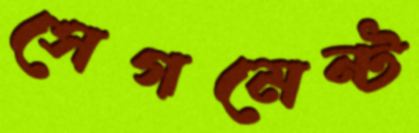
সেগমেন্ট